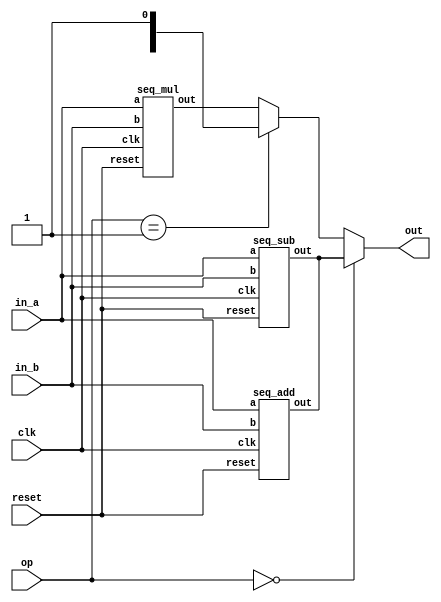
`define BFLOAT16 
`define VCS
`define EXPONENT 8
`define MANTISSA 7
`define EXPONENT 5
`define MANTISSA 10
`define SIGN 1
`define DWIDTH (`SIGN+`EXPONENT+`MANTISSA)
`define AWIDTH 10
`define MEM_SIZE 1024
`define DESIGN_SIZE 12
`define CU_SIZE 4
`define MASK_WIDTH 4
`define MEM_ACCESS_LATENCY 1
`define REG_DATAWIDTH 32
`define REG_ADDRWIDTH 8
`define ITERATIONS_WIDTH 32
`define REG_STDN_ADDR 32'h4
`define REG_MATRIX_A_ADDR 32'he
`define REG_MATRIX_B_ADDR 32'h12
`define REG_MATRIX_C_ADDR 32'h16
`define REG_VALID_MASK_A_ADDR 32'h20
`define REG_VALID_MASK_B_ADDR 32'h5c
`define REG_ITERATIONS_ADDR 32'h40
`define PE_PIPELINE_DEPTH 5
`define IDLE     2'b00
`define W_ENABLE  2'b01
`define R_ENABLE  2'b10

module processing_element(
 reset, 
 clk, 
 in_a,
 in_b, 
 op,
 out
 );

 input reset;
 input clk;
 input  [`DWIDTH-1:0] in_a;
 input  [`DWIDTH-1:0] in_b;
 input  [1:0] op;
 output [`DWIDTH-1:0] out;

 wire [`DWIDTH-1:0] out_mul;
 wire [`DWIDTH-1:0] out_sum;
 wire [`DWIDTH-1:0] out_sub;

 assign out = (op == 2'b00) ? out_sum : 
              (op == 2'b01) ? out_sub :
              out_mul;

 seq_mul u_mul(.a(in_a), .b(in_b), .out(out_mul), .reset(reset), .clk(clk));
 seq_add u_add(.a(in_a), .b(in_b), .out(out_sum), .reset(reset), .clk(clk));
 seq_sub u_sub(.a(in_a), .b(in_b), .out(out_sum), .reset(reset), .clk(clk));

endmodule
module seq_sub(a, b, out, reset, clk);
input [`DWIDTH-1:0] a;
input [`DWIDTH-1:0] b;
input reset;
input clk;
output [`DWIDTH-1:0] out;

reg [`DWIDTH-1:0] a_flopped;
reg [`DWIDTH-1:0] b_flopped;

wire [`DWIDTH-1:0] sub_out_temp;
reg [`DWIDTH-1:0] sub_out_temp_reg;

always @(posedge clk) begin
  if (reset) begin
    a_flopped <= 0;
    b_flopped <= 0;
  end else begin
    a_flopped <= a;
    b_flopped <= b;
  end
end

//assign sub_out_temp = a - b;
//Floating point adder has both modes - add and sub.
//We don't provide the name of the mode here though.

`ifdef complex_dsp
adder_fp_clk sub_u1(.clk(clk), .a(a_flopped), .b(b_flopped), .out(sub_out_temp));
`else
FPAddSub u_FPAddSub2(.clk(clk), .rst(1'b0), .a(a_flopped), .b(b_flopped), .operation(1'b0), .result(sub_out_temp), .flags());
`endif

always @(posedge clk) begin
  if (reset) begin
    sub_out_temp_reg <= 0;
  end else begin
    sub_out_temp_reg <= sub_out_temp;
  end
end

assign out = sub_out_temp_reg;

endmodule
module FPAddSub(
		//bf16,
		clk,
		rst,
		a,
		b,
		operation,			// 0 add, 1 sub
		result,
		flags
	);
	//input bf16; //1 for Bfloat16, 0 for IEEE half precision

	// Clock and reset
	input clk ;										// Clock signal
	input rst ;										// Reset (active high, resets pipeline registers)
	
	// Input ports
	input [`DWIDTH-1:0] a ;								// Input A, a 32-bit floating point number
	input [`DWIDTH-1:0] b ;								// Input B, a 32-bit floating point number
	input operation ;								// Operation select signal
	
	// Output ports
	output [`DWIDTH-1:0] result ;						// Result of the operation
	output [4:0] flags ;							// Flags indicating exceptions according to IEEE754
	
	// Pipeline Registers
	//reg [79:0] pipe_1;							// Pipeline register PreAlign->Align1
	reg [2*`EXPONENT + 2*`DWIDTH + 5:0] pipe_1;							// Pipeline register PreAlign->Align1

	//reg [67:0] pipe_2;							// Pipeline register Align1->Align3
	//reg [2*`EXPONENT+ 2*`MANTISSA + 8:0] pipe_2;							// Pipeline register Align1->Align3
	wire [2*`EXPONENT+ 2*`MANTISSA + 8:0] pipe_2;

	//reg [76:0] pipe_3;	68						// Pipeline register Align1->Align3
	reg [2*`EXPONENT+ 2*`MANTISSA + 9:0] pipe_3;							// Pipeline register Align1->Align3

	//reg [69:0] pipe_4;							// Pipeline register Align3->Execute
	//reg [2*`EXPONENT+ 2*`MANTISSA + 9:0] pipe_4;							// Pipeline register Align3->Execute
	wire [2*`EXPONENT+ 2*`MANTISSA + 9:0] pipe_4;
	
	//reg [51:0] pipe_5;							// Pipeline register Execute->Normalize
	reg [`DWIDTH+`EXPONENT+11:0] pipe_5;							// Pipeline register Execute->Normalize

	//reg [56:0] pipe_6;							// Pipeline register Nomalize->NormalizeShift1
	//reg [`DWIDTH+`EXPONENT+16:0] pipe_6;							// Pipeline register Nomalize->NormalizeShift1
	wire [`DWIDTH+`EXPONENT+16:0] pipe_6;

	//reg [56:0] pipe_7;							// Pipeline register NormalizeShift2->NormalizeShift3
	//reg [`DWIDTH+`EXPONENT+16:0] pipe_7;							// Pipeline register NormalizeShift2->NormalizeShift3
	wire [`DWIDTH+`EXPONENT+16:0] pipe_7;
	//reg [54:0] pipe_8;							// Pipeline register NormalizeShift3->Round
	reg [`EXPONENT*2+`MANTISSA+15:0] pipe_8;							// Pipeline register NormalizeShift3->Round

	//reg [40:0] pipe_9;							// Pipeline register NormalizeShift3->Round
	//reg [`DWIDTH+8:0] pipe_9;							// Pipeline register NormalizeShift3->Round
	wire [`DWIDTH+8:0] pipe_9;

	// Internal wires between modules
	wire [`DWIDTH-2:0] Aout_0 ;							// A - sign
	wire [`DWIDTH-2:0] Bout_0 ;							// B - sign
	wire Opout_0 ;									// A's sign
	wire Sa_0 ;										// A's sign
	wire Sb_0 ;										// B's sign
	wire MaxAB_1 ;									// Indicates the larger of A and B(0/A, 1/B)
	wire [`EXPONENT-1:0] CExp_1 ;							// Common Exponent
	wire [`EXPONENT-1:0] Shift_1 ;							// Number of steps to smaller mantissa shift right (align)
	wire [`MANTISSA-1:0] Mmax_1 ;							// Larger mantissa
	wire [4:0] InputExc_0 ;						// Input numbers are exceptions
	wire [2*`EXPONENT-1:0] ShiftDet_0 ;
	wire [`MANTISSA-1:0] MminS_1 ;						// Smaller mantissa after 0/16 shift
	wire [`MANTISSA:0] MminS_2 ;						// Smaller mantissa after 0/4/8/12 shift
	wire [`MANTISSA:0] Mmin_3 ;							// Smaller mantissa after 0/1/2/3 shift
	wire [`DWIDTH:0] Sum_4 ;
	wire PSgn_4 ;
	wire Opr_4 ;
	wire [`EXPONENT-1:0] Shift_5 ;							// Number of steps to shift sum left (normalize)
	wire [`DWIDTH:0] SumS_5 ;							// Sum after 0/16 shift
	wire [`DWIDTH:0] SumS_6 ;							// Sum after 0/16 shift
	wire [`DWIDTH:0] SumS_7 ;							// Sum after 0/16 shift
	wire [`MANTISSA-1:0] NormM_8 ;						// Normalized mantissa
	wire [`EXPONENT:0] NormE_8;							// Adjusted exponent
	wire ZeroSum_8 ;								// Zero flag
	wire NegE_8 ;									// Flag indicating negative exponent
	wire R_8 ;										// Round bit
	wire S_8 ;										// Final sticky bit
	wire FG_8 ;										// Final sticky bit
	wire [`DWIDTH-1:0] P_int ;
	wire EOF ;
	
	// Prepare the operands for alignment and check for exceptions
	FPAddSub_PrealignModule PrealignModule
	(	// Inputs
		a, b, operation,
		// Outputs
		Sa_0, Sb_0, ShiftDet_0[2*`EXPONENT-1:0], InputExc_0[4:0], Aout_0[`DWIDTH-2:0], Bout_0[`DWIDTH-2:0], Opout_0) ;
		
	// Prepare the operands for alignment and check for exceptions
	FPAddSub_AlignModule AlignModule
	(	// Inputs
		pipe_1[2*`EXPONENT + 2*`DWIDTH + 4: 2*`EXPONENT +`DWIDTH + 6], pipe_1[2*`EXPONENT +`DWIDTH + 5 :  2*`EXPONENT +7], pipe_1[2*`EXPONENT+4:5],
		// Outputs
		CExp_1[`EXPONENT-1:0], MaxAB_1, Shift_1[`EXPONENT-1:0], MminS_1[`MANTISSA-1:0], Mmax_1[`MANTISSA-1:0]) ;	

	// Alignment Shift Stage 1
	FPAddSub_AlignShift1 AlignShift1
	(  // Inputs
		//bf16, 
		pipe_2[`MANTISSA-1:0], pipe_2[`EXPONENT+ 2*`MANTISSA + 4 : 2*`MANTISSA + 7],
		// Outputs
		MminS_2[`MANTISSA:0]) ;

	// Alignment Shift Stage 3 and compution of guard and sticky bits
	FPAddSub_AlignShift2 AlignShift2  
	(  // Inputs
		pipe_3[`MANTISSA:0], pipe_3[2*`MANTISSA+7:2*`MANTISSA+6],
		// Outputs
		Mmin_3[`MANTISSA:0]) ;
						
	// Perform mantissa addition
	FPAddSub_ExecutionModule ExecutionModule
	(  // Inputs
		pipe_4[`MANTISSA*2+5:`MANTISSA+6], pipe_4[`MANTISSA:0], pipe_4[2*`EXPONENT+ 2*`MANTISSA + 8], pipe_4[2*`EXPONENT+ 2*`MANTISSA + 7], pipe_4[2*`EXPONENT+ 2*`MANTISSA + 6], pipe_4[2*`EXPONENT+ 2*`MANTISSA + 9],
		// Outputs
		Sum_4[`DWIDTH:0], PSgn_4, Opr_4) ;
	
	// Prepare normalization of result
	FPAddSub_NormalizeModule NormalizeModule
	(  // Inputs
		pipe_5[`DWIDTH:0], 
		// Outputs
		SumS_5[`DWIDTH:0], Shift_5[4:0]) ;
					
	// Normalization Shift Stage 1
	FPAddSub_NormalizeShift1 NormalizeShift1
	(  // Inputs
		pipe_6[`DWIDTH:0], pipe_6[`DWIDTH+`EXPONENT+14:`DWIDTH+`EXPONENT+11],
		// Outputs
		SumS_7[`DWIDTH:0]) ;
		
	// Normalization Shift Stage 3 and final guard, sticky and round bits
	FPAddSub_NormalizeShift2 NormalizeShift2
	(  // Inputs
		pipe_7[`DWIDTH:0], pipe_7[`DWIDTH+`EXPONENT+5:`DWIDTH+6], pipe_7[`DWIDTH+`EXPONENT+15:`DWIDTH+`EXPONENT+11],
		// Outputs
		NormM_8[`MANTISSA-1:0], NormE_8[`EXPONENT:0], ZeroSum_8, NegE_8, R_8, S_8, FG_8) ;

	// Round and put result together
	FPAddSub_RoundModule RoundModule
	(  // Inputs
		 pipe_8[3], pipe_8[4+`EXPONENT:4], pipe_8[`EXPONENT+`MANTISSA+4:5+`EXPONENT], pipe_8[1], pipe_8[0], pipe_8[`EXPONENT*2+`MANTISSA+15], pipe_8[`EXPONENT*2+`MANTISSA+12], pipe_8[`EXPONENT*2+`MANTISSA+11], pipe_8[`EXPONENT*2+`MANTISSA+14], pipe_8[`EXPONENT*2+`MANTISSA+10], 
		// Outputs
		P_int[`DWIDTH-1:0], EOF) ;
	
	// Check for exceptions
	FPAddSub_ExceptionModule Exceptionmodule
	(  // Inputs
		pipe_9[8+`DWIDTH:9], pipe_9[8], pipe_9[7], pipe_9[6], pipe_9[5:1], pipe_9[0], 
		// Outputs
		result[`DWIDTH-1:0], flags[4:0]) ;			
	

assign pipe_2 = {pipe_1[2*`EXPONENT + 2*`DWIDTH + 5], pipe_1[2*`EXPONENT +6:2*`EXPONENT +5], MaxAB_1, CExp_1[`EXPONENT-1:0], Shift_1[`EXPONENT-1:0], Mmax_1[`MANTISSA-1:0], pipe_1[4:0], MminS_1[`MANTISSA-1:0]} ;
assign pipe_4 = {pipe_3[2*`EXPONENT+ 2*`MANTISSA + 9:`MANTISSA+1], Mmin_3[`MANTISSA:0]} ;
assign pipe_6 = {pipe_5[`DWIDTH+`EXPONENT+11], Shift_5[4:0], pipe_5[`DWIDTH+`EXPONENT+10:`DWIDTH+1], SumS_5[`DWIDTH:0]} ;
assign pipe_7 = {pipe_6[`DWIDTH+`EXPONENT+16:`DWIDTH+1], SumS_7[`DWIDTH:0]} ;
assign pipe_9 = {P_int[`DWIDTH-1:0], pipe_8[2], pipe_8[1], pipe_8[0], pipe_8[`EXPONENT+`MANTISSA+9:`EXPONENT+`MANTISSA+5], EOF} ;

	always @ (posedge clk) begin	
		if(rst) begin
			pipe_1 <= 0;
			//pipe_2 <= 0;
			pipe_3 <= 0;
			//pipe_4 <= 0;
			pipe_5 <= 0;
			//pipe_6 <= 0;
			//pipe_7 <= 0;
			pipe_8 <= 0;
			//pipe_9 <= 0;
		end 
		else begin
/* PIPE_1:
	[2*`EXPONENT + 2*`DWIDTH + 5]  Opout_0
	[2*`EXPONENT + 2*`DWIDTH + 4: 2*`EXPONENT +`DWIDTH + 6] A_out0
	[2*`EXPONENT +`DWIDTH + 5 :  2*`EXPONENT +7] Bout_0
	[2*`EXPONENT +6] Sa_0
	[2*`EXPONENT +5] Sb_0
	[2*`EXPONENT +4 : 5] ShiftDet_0
	[4:0] Input Exc
*/
			pipe_1 <= {Opout_0, Aout_0[`DWIDTH-2:0], Bout_0[`DWIDTH-2:0], Sa_0, Sb_0, ShiftDet_0[2*`EXPONENT -1:0], InputExc_0[4:0]} ;	
/* PIPE_2
[2*`EXPONENT+ 2*`MANTISSA + 8] operation
[2*`EXPONENT+ 2*`MANTISSA + 7] Sa_0
[2*`EXPONENT+ 2*`MANTISSA + 6] Sb_0
[2*`EXPONENT+ 2*`MANTISSA + 5] MaxAB_0
[2*`EXPONENT+ 2*`MANTISSA + 4:`EXPONENT+ 2*`MANTISSA + 5] CExp_0
[`EXPONENT+ 2*`MANTISSA + 4 : 2*`MANTISSA + 5] Shift_0
[2*`MANTISSA + 4:`MANTISSA + 5] Mmax_0
[`MANTISSA + 4 : `MANTISSA] InputExc_0
[`MANTISSA-1:0] MminS_1
*/
			//pipe_2 <= {pipe_1[2*`EXPONENT + 2*`DWIDTH + 5], pipe_1[2*`EXPONENT +6:2*`EXPONENT +5], MaxAB_1, CExp_1[`EXPONENT-1:0], Shift_1[`EXPONENT-1:0], Mmax_1[`MANTISSA-1:0], pipe_1[4:0], MminS_1[`MANTISSA-1:0]} ;	
/* PIPE_3
[2*`EXPONENT+ 2*`MANTISSA + 9] operation
[2*`EXPONENT+ 2*`MANTISSA + 8] Sa_0
[2*`EXPONENT+ 2*`MANTISSA + 7] Sb_0
[2*`EXPONENT+ 2*`MANTISSA + 6] MaxAB_0
[2*`EXPONENT+ 2*`MANTISSA + 5:`EXPONENT+ 2*`MANTISSA + 6] CExp_0
[`EXPONENT+ 2*`MANTISSA + 5 : 2*`MANTISSA + 6] Shift_0
[2*`MANTISSA + 5:`MANTISSA + 6] Mmax_0
[`MANTISSA + 5 : `MANTISSA + 1] InputExc_0
[`MANTISSA:0] MminS_2
*/
			pipe_3 <= {pipe_2[2*`EXPONENT+ 2*`MANTISSA + 8:`MANTISSA], MminS_2[`MANTISSA:0]} ;	
/* PIPE_4
[2*`EXPONENT+ 2*`MANTISSA + 9] operation
[2*`EXPONENT+ 2*`MANTISSA + 8] Sa_0
[2*`EXPONENT+ 2*`MANTISSA + 7] Sb_0
[2*`EXPONENT+ 2*`MANTISSA + 6] MaxAB_0
[2*`EXPONENT+ 2*`MANTISSA + 5:`EXPONENT+ 2*`MANTISSA + 6] CExp_0
[`EXPONENT+ 2*`MANTISSA + 5 : 2*`MANTISSA + 6] Shift_0
[2*`MANTISSA + 5:`MANTISSA + 6] Mmax_0
[`MANTISSA + 5 : `MANTISSA + 1] InputExc_0
[`MANTISSA:0] MminS_3
*/				
			//pipe_4 <= {pipe_3[2*`EXPONENT+ 2*`MANTISSA + 9:`MANTISSA+1], Mmin_3[`MANTISSA:0]} ;	
/* PIPE_5 :
[`DWIDTH+ `EXPONENT + 11] operation
[`DWIDTH+ `EXPONENT + 10] PSgn_4
[`DWIDTH+ `EXPONENT + 9] Opr_4
[`DWIDTH+ `EXPONENT + 8] Sa_0
[`DWIDTH+ `EXPONENT + 7] Sb_0
[`DWIDTH+ `EXPONENT + 6] MaxAB_0
[`DWIDTH+ `EXPONENT + 5 :`DWIDTH+6] CExp_0
[`DWIDTH+5:`DWIDTH+1] InputExc_0
[`DWIDTH:0] Sum_4
*/					
			pipe_5 <= {pipe_4[2*`EXPONENT+ 2*`MANTISSA + 9], PSgn_4, Opr_4, pipe_4[2*`EXPONENT+ 2*`MANTISSA + 8:`EXPONENT+ 2*`MANTISSA + 6], pipe_4[`MANTISSA+5:`MANTISSA+1], Sum_4[`DWIDTH:0]} ;
/* PIPE_6 :
[`DWIDTH+ `EXPONENT + 16] operation
[`DWIDTH+ `EXPONENT + 15:`DWIDTH+ `EXPONENT + 11] Shift_5
[`DWIDTH+ `EXPONENT + 10] PSgn_4
[`DWIDTH+ `EXPONENT + 9] Opr_4
[`DWIDTH+ `EXPONENT + 8] Sa_0
[`DWIDTH+ `EXPONENT + 7] Sb_0
[`DWIDTH+ `EXPONENT + 6] MaxAB_0
[`DWIDTH+ `EXPONENT + 5 :`DWIDTH+6] CExp_0
[`DWIDTH+5:`DWIDTH+1] InputExc_0
[`DWIDTH:0] Sum_4
*/				
			//pipe_6 <= {pipe_5[`DWIDTH+`EXPONENT+11], Shift_5[4:0], pipe_5[`DWIDTH+`EXPONENT+10:`DWIDTH+1], SumS_5[`DWIDTH:0]} ;	
/* PIPE_7 :
[`DWIDTH+ `EXPONENT + 16] operation
[`DWIDTH+ `EXPONENT + 15:`DWIDTH+ `EXPONENT + 11] Shift_5
[`DWIDTH+ `EXPONENT + 10] PSgn_4
[`DWIDTH+ `EXPONENT + 9] Opr_4
[`DWIDTH+ `EXPONENT + 8] Sa_0
[`DWIDTH+ `EXPONENT + 7] Sb_0
[`DWIDTH+ `EXPONENT + 6] MaxAB_0
[`DWIDTH+ `EXPONENT + 5 :`DWIDTH+6] CExp_0
[`DWIDTH+5:`DWIDTH+1] InputExc_0
[`DWIDTH:0] Sum_4
*/						
			//pipe_7 <= {pipe_6[`DWIDTH+`EXPONENT+16:`DWIDTH+1], SumS_7[`DWIDTH:0]} ;	
/* PIPE_8:
[2*`EXPONENT + `MANTISSA + 15] FG_8 
[2*`EXPONENT + `MANTISSA + 14] operation
[2*`EXPONENT + `MANTISSA + 13] PSgn_4
[2*`EXPONENT + `MANTISSA + 12] Sa_0
[2*`EXPONENT + `MANTISSA + 11] Sb_0
[2*`EXPONENT + `MANTISSA + 10] MaxAB_0
[2*`EXPONENT + `MANTISSA + 9:`EXPONENT + `MANTISSA + 10] CExp_0
[`EXPONENT + `MANTISSA + 9:`EXPONENT + `MANTISSA + 5] InputExc_8
[`EXPONENT + `MANTISSA + 4 :`EXPONENT + 5] NormM_8 
[`EXPONENT + 4 :4] NormE_8
[3] ZeroSum_8
[2] NegE_8
[1] R_8
[0] S_8
*/				
			pipe_8 <= {FG_8, pipe_7[`DWIDTH+`EXPONENT+16], pipe_7[`DWIDTH+`EXPONENT+10], pipe_7[`DWIDTH+`EXPONENT+8:`DWIDTH+1], NormM_8[`MANTISSA-1:0], NormE_8[`EXPONENT:0], ZeroSum_8, NegE_8, R_8, S_8} ;	
/* pipe_9:
[`DWIDTH + 8 :9] P_int
[8] NegE_8
[7] R_8
[6] S_8
[5:1] InputExc_8
[0] EOF
*/				
			//pipe_9 <= {P_int[`DWIDTH-1:0], pipe_8[2], pipe_8[1], pipe_8[0], pipe_8[`EXPONENT+`MANTISSA+9:`EXPONENT+`MANTISSA+5], EOF} ;	
		end
	end		
	
endmodule
module FPAddSub_ExceptionModule(
		Z,
		NegE,
		R,
		S,
		InputExc,
		EOF,
		P,
		Flags
    );
	 
	// Input ports
	input [`DWIDTH-1:0] Z	;					// Final product
	input NegE ;						// Negative exponent?
	input R ;							// Round bit
	input S ;							// Sticky bit
	input [4:0] InputExc ;			// Exceptions in inputs A and B
	input EOF ;
	
	// Output ports
	output [`DWIDTH-1:0] P ;					// Final result
	output [4:0] Flags ;				// Exception flags
	
	// Internal signals
	wire Overflow ;					// Overflow flag
	wire Underflow ;					// Underflow flag
	wire DivideByZero ;				// Divide-by-Zero flag (always 0 in Add/Sub)
	wire Invalid ;						// Invalid inputs or result
	wire Inexact ;						// Result is inexact because of rounding
	
	// Exception flags
	
	// Result is too big to be represented
	assign Overflow = EOF | InputExc[1] | InputExc[0] ;
	
	// Result is too small to be represented
	assign Underflow = NegE & (R | S);
	
	// Infinite result computed exactly from finite operands
	assign DivideByZero = &(Z[`MANTISSA+`EXPONENT-1:`MANTISSA]) & ~|(Z[`MANTISSA+`EXPONENT-1:`MANTISSA]) & ~InputExc[1] & ~InputExc[0];
	
	// Invalid inputs or operation
	assign Invalid = |(InputExc[4:2]) ;
	
	// Inexact answer due to rounding, overflow or underflow
	assign Inexact = (R | S) | Overflow | Underflow;
	
	// Put pieces together to form final result
	assign P = Z ;
	
	// Collect exception flags	
	assign Flags = {Overflow, Underflow, DivideByZero, Invalid, Inexact} ; 	
	
endmodule
module FPAddSub_RoundModule(
		ZeroSum,
		NormE,
		NormM,
		R,
		S,
		G,
		Sa,
		Sb,
		Ctrl,
		MaxAB,
		Z,
		EOF
    );

	// Input ports
	input ZeroSum ;					// Sum is zero
	input [`EXPONENT:0] NormE ;				// Normalized exponent
	input [`MANTISSA-1:0] NormM ;				// Normalized mantissa
	input R ;							// Round bit
	input S ;							// Sticky bit
	input G ;
	input Sa ;							// A's sign bit
	input Sb ;							// B's sign bit
	input Ctrl ;						// Control bit (operation)
	input MaxAB ;
	
	// Output ports
	output [`DWIDTH-1:0] Z ;					// Final result
	output EOF ;
	
	// Internal signals
	wire [`MANTISSA:0] RoundUpM ;			// Rounded up sum with room for overflow
	wire [`MANTISSA-1:0] RoundM ;				// The final rounded sum
	wire [`EXPONENT:0] RoundE ;				// Rounded exponent (note extra bit due to poential overflow	)
	wire RoundUp ;						// Flag indicating that the sum should be rounded up
        wire FSgn;
	wire ExpAdd ;						// May have to add 1 to compensate for overflow 
	wire RoundOF ;						// Rounding overflow
	
	wire [`EXPONENT:0]temp_2;
	assign temp_2 = 0;
	// The cases where we need to round upwards (= adding one) in Round to nearest, tie to even
	assign RoundUp = (G & ((R | S) | NormM[0])) ;
	
	// Note that in the other cases (rounding down), the sum is already 'rounded'
	assign RoundUpM = (NormM + 1) ;								// The sum, rounded up by 1
	assign RoundM = (RoundUp ? RoundUpM[`MANTISSA-1:0] : NormM) ; 	// Compute final mantissa	
	assign RoundOF = RoundUp & RoundUpM[`MANTISSA] ; 				// Check for overflow when rounding up

	// Calculate post-rounding exponent
	assign ExpAdd = (RoundOF ? 1'b1 : 1'b0) ; 				// Add 1 to exponent to compensate for overflow
	assign RoundE = ZeroSum ? temp_2 : (NormE + ExpAdd) ; 							// Final exponent

	// If zero, need to determine sign according to rounding
	assign FSgn = (ZeroSum & (Sa ^ Sb)) | (ZeroSum ? (Sa & Sb & ~Ctrl) : ((~MaxAB & Sa) | ((Ctrl ^ Sb) & (MaxAB | Sa)))) ;

	// Assign final result
	assign Z = {FSgn, RoundE[`EXPONENT-1:0], RoundM[`MANTISSA-1:0]} ;
	
	// Indicate exponent overflow
	assign EOF = RoundE[`EXPONENT];
	
endmodule
module FPAddSub_NormalizeShift2(
		PSSum,
		CExp,
		Shift,
		NormM,
		NormE,
		ZeroSum,
		NegE,
		R,
		S,
		FG
	);
	
	// Input ports
	input [`DWIDTH:0] PSSum ;					// The Pre-Shift-Sum
	input [`EXPONENT-1:0] CExp ;
	input [4:0] Shift ;					// Amount to be shifted

	// Output ports
	output [`MANTISSA-1:0] NormM ;				// Normalized mantissa
	output [`EXPONENT:0] NormE ;					// Adjusted exponent
	output ZeroSum ;						// Zero flag
	output NegE ;							// Flag indicating negative exponent
	output R ;								// Round bit
	output S ;								// Final sticky bit
	output FG ;

	// Internal signals
	wire MSBShift ;						// Flag indicating that a second shift is needed
	wire [`EXPONENT:0] ExpOF ;					// MSB set in sum indicates overflow
	wire [`EXPONENT:0] ExpOK ;					// MSB not set, no adjustment
	
	// Calculate normalized exponent and mantissa, check for all-zero sum
	assign MSBShift = PSSum[`DWIDTH] ;		// Check MSB in unnormalized sum
	assign ZeroSum = ~|PSSum ;			// Check for all zero sum
	assign ExpOK = CExp - Shift ;		// Adjust exponent for new normalized mantissa
	assign NegE = ExpOK[`EXPONENT] ;			// Check for exponent overflow
	assign ExpOF = CExp - Shift + 1'b1 ;		// If MSB set, add one to exponent(x2)
	assign NormE = MSBShift ? ExpOF : ExpOK ;			// Check for exponent overflow
	assign NormM = PSSum[`DWIDTH-1:`EXPONENT+1] ;		// The new, normalized mantissa
	
	// Also need to compute sticky and round bits for the rounding stage
	assign FG = PSSum[`EXPONENT] ; 
	assign R = PSSum[`EXPONENT-1] ;
	assign S = |PSSum[`EXPONENT-2:0] ;
	
endmodule
module FPAddSub_NormalizeShift1(
		MminP,
		Shift,
		Mmin
	);
	
	// Input ports
	input [`DWIDTH:0] MminP ;						// Smaller mantissa after 16|12|8|4 shift
	input [3:0] Shift ;						// Shift amount
	
	// Output ports
	output [`DWIDTH:0] Mmin ;						// The smaller mantissa
	
	reg	  [`DWIDTH:0]		Lvl2;
	wire    [2*`DWIDTH+1:0]    Stage1;	
	reg	  [`DWIDTH:0]		Lvl3;
	wire    [2*`DWIDTH+1:0]    Stage2;	
	integer           i;               	// Loop variable
	
	assign Stage1 = {MminP, MminP};

	always @(*) begin    					// Rotate {0 | 4 | 8 | 12} bits
	  case (Shift[3:2])
			// Rotate by 0
			2'b00: Lvl2 <= Stage1[`DWIDTH:0];       		
			// Rotate by 4
			2'b01: begin for (i=33; i>=17; i=i-1) begin Lvl2[i-33] <= Stage1[i-4]; end Lvl2[3:0] <= 0; end
			// Rotate by 8
			2'b10: begin for (i=33; i>=17; i=i-1) begin Lvl2[i-33] <= Stage1[i-8]; end Lvl2[7:0] <= 0; end
			// Rotate by 12
			2'b11: begin for (i=33; i>=17; i=i-1) begin Lvl2[i-33] <= Stage1[i-12]; end Lvl2[11:0] <= 0; end
	  endcase
	end
	
	assign Stage2 = {Lvl2, Lvl2};

	always @(*) begin   				 		// Rotate {0 | 1 | 2 | 3} bits
	  case (Shift[1:0])
			// Rotate by 0
			2'b00:  Lvl3 <= Stage2[`DWIDTH:0];
			// Rotate by 1
			2'b01: begin for (i=33; i>=17; i=i-1) begin Lvl3[i-`DWIDTH-1] <= Stage2[i-1]; end Lvl3[0] <= 0; end 
			// Rotate by 2
			2'b10: begin for (i=33; i>=17; i=i-1) begin Lvl3[i-`DWIDTH-1] <= Stage2[i-2]; end Lvl3[1:0] <= 0; end
			// Rotate by 3
			2'b11: begin for (i=33; i>=17; i=i-1) begin Lvl3[i-`DWIDTH-1] <= Stage2[i-3]; end Lvl3[2:0] <= 0; end
	  endcase
	end
	
	// Assign outputs
	assign Mmin = Lvl3;						// Take out smaller mantissa			
	
endmodule
module FPAddSub_NormalizeModule(
		Sum,
		Mmin,
		Shift
    );

	// Input ports
	input [`DWIDTH:0] Sum ;					// Mantissa sum including hidden 1 and GRS
	
	// Output ports
	output [`DWIDTH:0] Mmin ;					// Mantissa after 16|0 shift
	output [4:0] Shift ;					// Shift amount
	//Changes in this doesn't matter since even Bfloat16 can't go beyond 7 shift to the mantissa (only 3 bits valid here)  
	// Determine normalization shift amount by finding leading nought
	assign Shift =  ( 
		Sum[16] ? 5'b00000 :	 
		Sum[15] ? 5'b00001 : 
		Sum[14] ? 5'b00010 : 
		Sum[13] ? 5'b00011 : 
		Sum[12] ? 5'b00100 : 
		Sum[11] ? 5'b00101 : 
		Sum[10] ? 5'b00110 : 
		Sum[9] ? 5'b00111 :
		Sum[8] ? 5'b01000 :
		Sum[7] ? 5'b01001 :
		Sum[6] ? 5'b01010 :
		Sum[5] ? 5'b01011 :
		Sum[4] ? 5'b01100 : 5'b01101
	//	Sum[19] ? 5'b01101 :
	//	Sum[18] ? 5'b01110 :
	//	Sum[17] ? 5'b01111 :
	//	Sum[16] ? 5'b10000 :
	//	Sum[15] ? 5'b10001 :
	//	Sum[14] ? 5'b10010 :
	//	Sum[13] ? 5'b10011 :
	//	Sum[12] ? 5'b10100 :
	//	Sum[11] ? 5'b10101 :
	//	Sum[10] ? 5'b10110 :
	//	Sum[9] ? 5'b10111 :
	//	Sum[8] ? 5'b11000 :
	//	Sum[7] ? 5'b11001 : 5'b11010
	);
	
	reg	  [`DWIDTH:0]		Lvl1;
	
	always @(*) begin
		// Rotate by 16?
		Lvl1 <= Shift[4] ? {Sum[8:0], 8'b00000000} : Sum; 
	end
	
	// Assign outputs
	assign Mmin = Lvl1;						// Take out smaller mantissa

endmodule
module FPAddSub_ExecutionModule(
		Mmax,
		Mmin,
		Sa,
		Sb,
		MaxAB,
		OpMode,
		Sum,
		PSgn,
		Opr
    );

	// Input ports
	input [`MANTISSA-1:0] Mmax ;					// The larger mantissa
	input [`MANTISSA:0] Mmin ;					// The smaller mantissa
	input Sa ;								// Sign bit of larger number
	input Sb ;								// Sign bit of smaller number
	input MaxAB ;							// Indicates the larger number (0/A, 1/B)
	input OpMode ;							// Operation to be performed (0/Add, 1/Sub)
	
	// Output ports
	output [`DWIDTH:0] Sum ;					// The result of the operation
	output PSgn ;							// The sign for the result
	output Opr ;							// The effective (performed) operation

	wire [`EXPONENT-1:0]temp_1;

	assign Opr = (OpMode^Sa^Sb); 		// Resolve sign to determine operation
	assign temp_1 = 0;
	// Perform effective operation
//SAMIDH_UNSURE 5--> 8

	assign Sum = (OpMode^Sa^Sb) ? ({1'b1, Mmax, temp_1} - {Mmin, temp_1}) : ({1'b1, Mmax, temp_1} + {Mmin, temp_1}) ;
	
	// Assign result sign
	assign PSgn = (MaxAB ? Sb : Sa) ;

endmodule
module FPAddSub_AlignShift2(
		MminP,
		Shift,
		Mmin
	);
	
	// Input ports
	input [`MANTISSA:0] MminP ;						// Smaller mantissa after 16|12|8|4 shift
	input [1:0] Shift ;						// Shift amount. Last 2 bits
	
	// Output ports
	output [`MANTISSA:0] Mmin ;						// The smaller mantissa
	
	// Internal Signal
	reg	  [`MANTISSA:0]		Lvl3;
	wire    [2*`MANTISSA+1:0]    Stage2;	
	integer           j;               // Loop variable
	
	assign Stage2 = {11'b0, MminP};

	always @(*) begin    // Rotate {0 | 1 | 2 | 3} bits
	  case (Shift[1:0])
			// Rotate by 0
			2'b00:  Lvl3 <= Stage2[`MANTISSA:0];   
			// Rotate by 1
			2'b01:  begin for (j=0; j<=`MANTISSA; j=j+1)  begin Lvl3[j] <= Stage2[j+1]; end Lvl3[`MANTISSA] <= 0; end 
			// Rotate by 2
			2'b10:  begin for (j=0; j<=`MANTISSA; j=j+1)  begin Lvl3[j] <= Stage2[j+2]; end Lvl3[`MANTISSA:`MANTISSA-1] <= 0; end 
			// Rotate by 3
			2'b11:  begin for (j=0; j<=`MANTISSA; j=j+1)  begin Lvl3[j] <= Stage2[j+3]; end Lvl3[`MANTISSA:`MANTISSA-2] <= 0; end 	  
	  endcase
	end
	
	// Assign output
	assign Mmin = Lvl3;						// Take out smaller mantissa				

endmodule
module FPAddSub_AlignShift1(
		//bf16,
		MminP,
		Shift,
		Mmin
	);
	
	// Input ports
	//input bf16;
	input [`MANTISSA-1:0] MminP ;						// Smaller mantissa after 16|12|8|4 shift
	input [`EXPONENT-3:0] Shift ;						// Shift amount. Last 2 bits of shifting are done in next stage. Hence, we have [`EXPONENT - 2] bits
	
	// Output ports
	output [`MANTISSA:0] Mmin ;						// The smaller mantissa
	

	wire bf16;
	assign bf16 = 1'b1; //hardcoding to 1, to avoid ODIN issue. a `ifdef here wasn't working. apparently, nested `ifdefs don't work

	// Internal signals
	reg	  [`MANTISSA:0]		Lvl1;
	reg	  [`MANTISSA:0]		Lvl2;
	wire    [2*`MANTISSA+1:0]    Stage1;	
	integer           i;                // Loop variable

	wire [`MANTISSA:0] temp_0; 

assign temp_0 = 0;

	always @(*) begin
		if (bf16 == 1'b1) begin						
//hardcoding for bfloat16
	//For bfloat16, we can shift the mantissa by a max of 7 bits since mantissa has a width of 7. 
	//Hence if either, bit[3]/bit[4]/bit[5]/bit[6]/bit[7] is 1, we can make it 0. This corresponds to bits [5:1] in our updated shift which doesn't contain last 2 bits.
		//Lvl1 <= (Shift[1]|Shift[2]|Shift[3]|Shift[4]|Shift[5]) ? {temp_0} : {1'b1, MminP};  // MANTISSA + 1 width	
		Lvl1 <= (|Shift[`EXPONENT-3:1]) ? {temp_0} : {1'b1, MminP};  // MANTISSA + 1 width	
		end
		else begin
		//for half precision fp16, 10 bits can be shifted. Hence, only shifts till 10 (01010)can be made. 
		Lvl1 <= Shift[2] ? {temp_0} : {1'b1, MminP};
		end
	end
	
	assign Stage1 = { temp_0, Lvl1}; //2*MANTISSA + 2 width

	always @(*) begin    					// Rotate {0 | 4 } bits
	if(bf16 == 1'b1) begin
	  case (Shift[0])
			// Rotate by 0	
			1'b0:  Lvl2 <= Stage1[`MANTISSA:0];       			
			// Rotate by 4	
			1'b1:  begin for (i=0; i<=`MANTISSA; i=i+1) begin Lvl2[i] <= Stage1[i+4]; end Lvl2[`MANTISSA:`MANTISSA-3] <= 0; end
	  endcase
	end
	else begin
	  case (Shift[1:0])					// Rotate {0 | 4 | 8} bits
			// Rotate by 0	
			2'b00:  Lvl2 <= Stage1[`MANTISSA:0];       			
			// Rotate by 4	
			2'b01:  begin for (i=0; i<=`MANTISSA; i=i+1) begin Lvl2[i] <= Stage1[i+4]; end Lvl2[`MANTISSA:`MANTISSA-3] <= 0; end
			// Rotate by 8
			2'b10:  begin for (i=0; i<=`MANTISSA; i=i+1) begin Lvl2[i] <= Stage1[i+8]; end Lvl2[`MANTISSA:`MANTISSA-7] <= 0; end
			// Rotate by 12	
			2'b11: Lvl2[`MANTISSA: 0] <= 0; 
			//2'b11:  begin for (i=0; i<=`MANTISSA; i=i+1) begin Lvl2[i] <= Stage1[i+12]; end Lvl2[`MANTISSA:`MANTISSA-12] <= 0; end
	  endcase
	end
	end

	// Assign output to next shift stage
	assign Mmin = Lvl2;
	
endmodule
module FPAddSub_AlignModule (
		A,
		B,
		ShiftDet,
		CExp,
		MaxAB,
		Shift,
		Mmin,
		Mmax
	);
	
	// Input ports
	input [`DWIDTH-2:0] A ;								// Input A, a 32-bit floating point number
	input [`DWIDTH-2:0] B ;								// Input B, a 32-bit floating point number
	input [2*`EXPONENT-1:0] ShiftDet ;
	
	// Output ports
	output [`EXPONENT-1:0] CExp ;							// Common Exponent
	output MaxAB ;									// Incidates larger of A and B (0/A, 1/B)
	output [`EXPONENT-1:0] Shift ;							// Number of steps to smaller mantissa shift right
	output [`MANTISSA-1:0] Mmin ;							// Smaller mantissa 
	output [`MANTISSA-1:0] Mmax ;							// Larger mantissa
	
	// Internal signals
	//wire BOF ;										// Check for shifting overflow if B is larger
	//wire AOF ;										// Check for shifting overflow if A is larger
	
	assign MaxAB = (A[`DWIDTH-2:0] < B[`DWIDTH-2:0]) ;	
	//assign BOF = ShiftDet[9:5] < 25 ;		// Cannot shift more than 25 bits
	//assign AOF = ShiftDet[4:0] < 25 ;		// Cannot shift more than 25 bits
	
	// Determine final shift value
	//assign Shift = MaxAB ? (BOF ? ShiftDet[9:5] : 5'b11001) : (AOF ? ShiftDet[4:0] : 5'b11001) ;
	
	assign Shift = MaxAB ? ShiftDet[2*`EXPONENT-1:`EXPONENT] : ShiftDet[`EXPONENT-1:0] ;
	
	// Take out smaller mantissa and append shift space
	assign Mmin = MaxAB ? A[`MANTISSA-1:0] : B[`MANTISSA-1:0] ; 
	
	// Take out larger mantissa	
	assign Mmax = MaxAB ? B[`MANTISSA-1:0]: A[`MANTISSA-1:0] ;	
	
	// Common exponent
	assign CExp = (MaxAB ? B[`MANTISSA+`EXPONENT-1:`MANTISSA] : A[`MANTISSA+`EXPONENT-1:`MANTISSA]) ;		
	
endmodule
module FPAddSub_PrealignModule(
		A,
		B,
		operation,
		Sa,
		Sb,
		ShiftDet,
		InputExc,
		Aout,
		Bout,
		Opout
	);
	
	// Input ports
	input [`DWIDTH-1:0] A ;										// Input A, a 32-bit floating point number
	input [`DWIDTH-1:0] B ;										// Input B, a 32-bit floating point number
	input operation ;
	
	// Output ports
	output Sa ;												// A's sign
	output Sb ;												// B's sign
	output [2*`EXPONENT-1:0] ShiftDet ;
	output [4:0] InputExc ;								// Input numbers are exceptions
	output [`DWIDTH-2:0] Aout ;
	output [`DWIDTH-2:0] Bout ;
	output Opout ;
	
	// Internal signals									// If signal is high...
	wire ANaN ;												// A is a NaN (Not-a-Number)
	wire BNaN ;												// B is a NaN
	wire AInf ;												// A is infinity
	wire BInf ;												// B is infinity
	wire [`EXPONENT-1:0] DAB ;										// ExpA - ExpB					
	wire [`EXPONENT-1:0] DBA ;										// ExpB - ExpA	
	
	assign ANaN = &(A[`DWIDTH-2:`DWIDTH-1-`EXPONENT]) & |(A[`MANTISSA-1:0]) ;		// All one exponent and not all zero mantissa - NaN
	assign BNaN = &(B[`DWIDTH-2:`DWIDTH-1-`EXPONENT]) & |(B[`MANTISSA-1:0]);		// All one exponent and not all zero mantissa - NaN
	assign AInf = &(A[`DWIDTH-2:`DWIDTH-1-`EXPONENT]) & ~|(A[`MANTISSA-1:0]) ;	// All one exponent and all zero mantissa - Infinity
	assign BInf = &(B[`DWIDTH-2:`DWIDTH-1-`EXPONENT]) & ~|(B[`MANTISSA-1:0]) ;	// All one exponent and all zero mantissa - Infinity
	
	// Put all flags into exception vector
	assign InputExc = {(ANaN | BNaN | AInf | BInf), ANaN, BNaN, AInf, BInf} ;
	
	//assign DAB = (A[30:23] - B[30:23]) ;
	//assign DBA = (B[30:23] - A[30:23]) ;
	assign DAB = (A[`DWIDTH-2:`MANTISSA] + ~(B[`DWIDTH-2:`MANTISSA]) + 1) ;
	assign DBA = (B[`DWIDTH-2:`MANTISSA] + ~(A[`DWIDTH-2:`MANTISSA]) + 1) ;
	
	assign Sa = A[`DWIDTH-1] ;									// A's sign bit
	assign Sb = B[`DWIDTH-1] ;									// B's sign	bit
	assign ShiftDet = {DBA[`EXPONENT-1:0], DAB[`EXPONENT-1:0]} ;		// Shift data
	assign Opout = operation ;
	assign Aout = A[`DWIDTH-2:0] ;
	assign Bout = B[`DWIDTH-2:0] ;
	
endmodule
module seq_add(a, b, out, reset, clk);
input [`DWIDTH-1:0] a;
input [`DWIDTH-1:0] b;
input reset;
input clk;
output [`DWIDTH-1:0] out;

reg [`DWIDTH-1:0] a_flopped;
reg [`DWIDTH-1:0] b_flopped;

wire [`DWIDTH-1:0] sum_out_temp;
reg [`DWIDTH-1:0] sum_out_temp_reg;

always @(posedge clk) begin
  if (reset) begin
    a_flopped <= 0;
    b_flopped <= 0;
  end else begin
    a_flopped <= a;
    b_flopped <= b;
  end
end

//assign sum_out_temp = a + b;
`ifdef complex_dsp
adder_fp_clk add_u1(.clk(clk), .a(a_flopped), .b(b_flopped), .out(sum_out_temp));
`else
FPAddSub u_FPAddSub (.clk(clk), .rst(1'b0), .a(a_flopped), .b(b_flopped), .operation(1'b0), .result(sum_out_temp), .flags());
`endif

always @(posedge clk) begin
  if (reset) begin
    sum_out_temp_reg <= 0;
  end else begin
    sum_out_temp_reg <= sum_out_temp;
  end
end

assign out = sum_out_temp_reg;

endmodule
module seq_mul(a, b, out, reset, clk);
input [`DWIDTH-1:0] a;
input [`DWIDTH-1:0] b;
input reset;
input clk;
output [`DWIDTH-1:0] out;

reg [`DWIDTH-1:0] a_flopped;
reg [`DWIDTH-1:0] b_flopped;

wire [`DWIDTH-1:0] mul_out_temp;
reg [`DWIDTH-1:0] mul_out_temp_reg;

always @(posedge clk) begin
  if (reset) begin
    a_flopped <= 0;
    b_flopped <= 0;
  end else begin
    a_flopped <= a;
    b_flopped <= b;
  end
end

//assign mul_out_temp = a * b;
`ifdef complex_dsp
multiply_fp_clk mul_u1(.clk(clk), .a(a_flopped), .b(b_flopped), .out(mul_out_temp));
`else
FPMult_16 u_FPMult (.clk(clk), .rst(1'b0), .a(a_flopped), .b(b_flopped), .result(mul_out_temp), .flags());
`endif

always @(posedge clk) begin
  if (reset) begin
    mul_out_temp_reg <= 0;
  end else begin
    mul_out_temp_reg <= mul_out_temp;
  end
end

assign out = mul_out_temp_reg;

endmodule
module FPMult_16(
		clk,
		rst,
		a,
		b,
		result,
		flags
    );
	
	// Input Ports
	input clk ;							// Clock
	input rst ;							// Reset signal
	input [`DWIDTH-1:0] a;						// Input A, a 32-bit floating point number
	input [`DWIDTH-1:0] b;						// Input B, a 32-bit floating point number
	
	// Output ports
	output [`DWIDTH-1:0] result ;					// Product, result of the operation, 32-bit FP number
	output [4:0] flags ;						// Flags indicating exceptions according to IEEE754
	
	// Internal signals
	wire [`DWIDTH-1:0] Z_int ;					// Product, result of the operation, 32-bit FP number
	wire [4:0] Flags_int ;						// Flags indicating exceptions according to IEEE754
	
	wire Sa ;							// A's sign
	wire Sb ;							// B's sign
	wire Sp ;							// Product sign
	wire [`EXPONENT-1:0] Ea ;					// A's exponent
	wire [`EXPONENT-1:0] Eb ;					// B's exponent
	wire [2*`MANTISSA+1:0] Mp ;					// Product mantissa
	wire [4:0] InputExc ;						// Exceptions in inputs
	wire [`MANTISSA-1:0] NormM ;					// Normalized mantissa
	wire [`EXPONENT:0] NormE ;					// Normalized exponent
	wire [`MANTISSA:0] RoundM ;					// Normalized mantissa
	wire [`EXPONENT:0] RoundE ;					// Normalized exponent
	wire [`MANTISSA:0] RoundMP ;					// Normalized mantissa
	wire [`EXPONENT:0] RoundEP ;					// Normalized exponent
	wire GRS ;

	//reg [63:0] pipe_0;						// Pipeline register Input->Prep
	reg [2*`DWIDTH-1:0] pipe_0;					// Pipeline register Input->Prep

	//reg [92:0] pipe_1;						// Pipeline register Prep->Execute
	//reg [3*`MANTISSA+2*`EXPONENT+7:0] pipe_1;			// Pipeline register Prep->Execute
	reg [3*`MANTISSA+2*`EXPONENT+18:0] pipe_1;

	//reg [38:0] pipe_2;						// Pipeline register Execute->Normalize
	reg [`MANTISSA+`EXPONENT+7:0] pipe_2;				// Pipeline register Execute->Normalize
	
	//reg [72:0] pipe_3;						// Pipeline register Normalize->Round
	reg [2*`MANTISSA+2*`EXPONENT+10:0] pipe_3;			// Pipeline register Normalize->Round

	//reg [36:0] pipe_4;						// Pipeline register Round->Output
	reg [`DWIDTH+4:0] pipe_4;					// Pipeline register Round->Output
	
	assign result = pipe_4[`DWIDTH+4:5] ;
	assign flags = pipe_4[4:0] ;
	
	// Prepare the operands for alignment and check for exceptions
	FPMult_PrepModule PrepModule(clk, rst, pipe_0[2*`DWIDTH-1:`DWIDTH], pipe_0[`DWIDTH-1:0], Sa, Sb, Ea[`EXPONENT-1:0], Eb[`EXPONENT-1:0], Mp[2*`MANTISSA+1:0], InputExc[4:0]) ;

	// Perform (unsigned) mantissa multiplication
	FPMult_ExecuteModule ExecuteModule(pipe_1[3*`MANTISSA+`EXPONENT*2+7:2*`MANTISSA+2*`EXPONENT+8], pipe_1[2*`MANTISSA+2*`EXPONENT+7:2*`MANTISSA+7], pipe_1[2*`MANTISSA+6:5], pipe_1[2*`MANTISSA+2*`EXPONENT+6:2*`MANTISSA+`EXPONENT+7], pipe_1[2*`MANTISSA+`EXPONENT+6:2*`MANTISSA+7], pipe_1[2*`MANTISSA+2*`EXPONENT+8], pipe_1[2*`MANTISSA+2*`EXPONENT+7], Sp, NormE[`EXPONENT:0], NormM[`MANTISSA-1:0], GRS) ;

	// Round result and if necessary, perform a second (post-rounding) normalization step
	FPMult_NormalizeModule NormalizeModule(pipe_2[`MANTISSA-1:0], pipe_2[`MANTISSA+`EXPONENT:`MANTISSA], RoundE[`EXPONENT:0], RoundEP[`EXPONENT:0], RoundM[`MANTISSA:0], RoundMP[`MANTISSA:0]) ;		

	// Round result and if necessary, perform a second (post-rounding) normalization step
	//FPMult_RoundModule RoundModule(pipe_3[47:24], pipe_3[23:0], pipe_3[65:57], pipe_3[56:48], pipe_3[66], pipe_3[67], pipe_3[72:68], Z_int[31:0], Flags_int[4:0]) ;		
	FPMult_RoundModule RoundModule(pipe_3[2*`MANTISSA+1:`MANTISSA+1], pipe_3[`MANTISSA:0], pipe_3[2*`MANTISSA+2*`EXPONENT+3:2*`MANTISSA+`EXPONENT+3], pipe_3[2*`MANTISSA+`EXPONENT+2:2*`MANTISSA+2], pipe_3[2*`MANTISSA+2*`EXPONENT+4], pipe_3[2*`MANTISSA+2*`EXPONENT+5], pipe_3[2*`MANTISSA+2*`EXPONENT+10:2*`MANTISSA+2*`EXPONENT+6], Z_int[`DWIDTH-1:0], Flags_int[4:0]) ;		

//adding always@ (*) instead of posedge clock to make design combinational
	always @ (posedge clk) begin	
		if(rst) begin
			pipe_0 <= 0;
			pipe_1 <= 0;
			pipe_2 <= 0; 
			pipe_3 <= 0;
			pipe_4 <= 0;
		end 
		else begin		
			/* PIPE 0
				[2*`DWIDTH-1:`DWIDTH] A
				[`DWIDTH-1:0] B
			*/
                       pipe_0 <= {a, b} ;


			/* PIPE 1
				[2*`EXPONENT+3*`MANTISSA + 18: 2*`EXPONENT+2*`MANTISSA + 18] //pipe_0[`DWIDTH+`MANTISSA-1:`DWIDTH] , mantissa of A
				[2*`EXPONENT+2*`MANTISSA + 17 :2*`EXPONENT+2*`MANTISSA + 9] // pipe_0[8:0]
				[2*`EXPONENT+2*`MANTISSA + 8] Sa
				[2*`EXPONENT+2*`MANTISSA + 7] Sb
				[2*`EXPONENT+2*`MANTISSA + 6:`EXPONENT+2*`MANTISSA+7] Ea
				[`EXPONENT +2*`MANTISSA+6:2*`MANTISSA+7] Eb
				[2*`MANTISSA+1+5:5] Mp
				[4:0] InputExc
			*/
			//pipe_1 <= {pipe_0[`DWIDTH+`MANTISSA-1:`DWIDTH], pipe_0[`MANTISSA_MUL_SPLIT_LSB-1:0], Sa, Sb, Ea[`EXPONENT-1:0], Eb[`EXPONENT-1:0], Mp[2*`MANTISSA-1:0], InputExc[4:0]} ;
			pipe_1 <= {pipe_0[`DWIDTH+`MANTISSA-1:`DWIDTH], pipe_0[8:0], Sa, Sb, Ea[`EXPONENT-1:0], Eb[`EXPONENT-1:0], Mp[2*`MANTISSA+1:0], InputExc[4:0]} ;
			
			/* PIPE 2
				[`EXPONENT + `MANTISSA + 7:`EXPONENT + `MANTISSA + 3] InputExc
				[`EXPONENT + `MANTISSA + 2] GRS
				[`EXPONENT + `MANTISSA + 1] Sp
				[`EXPONENT + `MANTISSA:`MANTISSA] NormE
				[`MANTISSA-1:0] NormM
			*/
			pipe_2 <= {pipe_1[4:0], GRS, Sp, NormE[`EXPONENT:0], NormM[`MANTISSA-1:0]} ;
			/* PIPE 3
				[2*`EXPONENT+2*`MANTISSA+10:2*`EXPONENT+2*`MANTISSA+6] InputExc
				[2*`EXPONENT+2*`MANTISSA+5] GRS
				[2*`EXPONENT+2*`MANTISSA+4] Sp	
				[2*`EXPONENT+2*`MANTISSA+3:`EXPONENT+2*`MANTISSA+3] RoundE
				[`EXPONENT+2*`MANTISSA+2:2*`MANTISSA+2] RoundEP
				[2*`MANTISSA+1:`MANTISSA+1] RoundM
				[`MANTISSA:0] RoundMP
			*/
			pipe_3 <= {pipe_2[`EXPONENT+`MANTISSA+7:`EXPONENT+`MANTISSA+1], RoundE[`EXPONENT:0], RoundEP[`EXPONENT:0], RoundM[`MANTISSA:0], RoundMP[`MANTISSA:0]} ;
			/* PIPE 4
				[`DWIDTH+4:5] Z
				[4:0] Flags
			*/				
			pipe_4 <= {Z_int[`DWIDTH-1:0], Flags_int[4:0]} ;
		end
	end
		
endmodule
module FPMult_RoundModule(
		RoundM,
		RoundMP,
		RoundE,
		RoundEP,
		Sp,
		GRS,
		InputExc,
		Z,
		Flags
    );

	// Input Ports
	input [`MANTISSA:0] RoundM ;									// Normalized mantissa
	input [`MANTISSA:0] RoundMP ;									// Normalized exponent
	input [`EXPONENT:0] RoundE ;									// Normalized mantissa + 1
	input [`EXPONENT:0] RoundEP ;									// Normalized exponent + 1
	input Sp ;												// Product sign
	input GRS ;
	input [4:0] InputExc ;
	
	// Output Ports
	output [`DWIDTH-1:0] Z ;										// Final product
	output [4:0] Flags ;
	
	// Internal Signals
	wire [`EXPONENT:0] FinalE ;									// Rounded exponent
	wire [`MANTISSA:0] FinalM;
	wire [`MANTISSA:0] PreShiftM;
	
	assign PreShiftM = GRS ? RoundMP : RoundM ;	// Round up if R and (G or S)
	
	// Post rounding normalization (potential one bit shift> use shifted mantissa if there is overflow)
	assign FinalM = (PreShiftM[`MANTISSA] ? {1'b0, PreShiftM[`MANTISSA:1]} : PreShiftM[`MANTISSA:0]) ;
	
	assign FinalE = (PreShiftM[`MANTISSA] ? RoundEP : RoundE) ; // Increment exponent if a shift was done
	
	assign Z = {Sp, FinalE[`EXPONENT-1:0], FinalM[`MANTISSA-1:0]} ;   // Putting the pieces together
	assign Flags = InputExc[4:0];

endmodule
module FPMult_NormalizeModule(
		NormM,
		NormE,
		RoundE,
		RoundEP,
		RoundM,
		RoundMP
    );

	// Input Ports
	input [`MANTISSA-1:0] NormM ;									// Normalized mantissa
	input [`EXPONENT:0] NormE ;									// Normalized exponent

	// Output Ports
	output [`EXPONENT:0] RoundE ;
	output [`EXPONENT:0] RoundEP ;
	output [`MANTISSA:0] RoundM ;
	output [`MANTISSA:0] RoundMP ; 
	
// EXPONENT = 5 
// EXPONENT -1 = 4
// NEED to subtract 2^4 -1 = 15

wire [`EXPONENT-1 : 0] bias;

assign bias =  ((1<< (`EXPONENT -1)) -1);

	assign RoundE = NormE - bias ;
	assign RoundEP = NormE - bias -1 ;
	assign RoundM = NormM ;
	assign RoundMP = NormM ;

endmodule
module FPMult_ExecuteModule(
		a,
		b,
		MpC,
		Ea,
		Eb,
		Sa,
		Sb,
		Sp,
		NormE,
		NormM,
		GRS
    );

	// Input ports
	input [`MANTISSA-1:0] a ;
	input [2*`EXPONENT:0] b ;
	input [2*`MANTISSA+1:0] MpC ;
	input [`EXPONENT-1:0] Ea ;						// A's exponent
	input [`EXPONENT-1:0] Eb ;						// B's exponent
	input Sa ;								// A's sign
	input Sb ;								// B's sign
	
	// Output ports
	output Sp ;								// Product sign
	output [`EXPONENT:0] NormE ;													// Normalized exponent
	output [`MANTISSA-1:0] NormM ;												// Normalized mantissa
	output GRS ;
	
	wire [2*`MANTISSA+1:0] Mp ;
	
	assign Sp = (Sa ^ Sb) ;												// Equal signs give a positive product
	
   // wire [`ACTUAL_MANTISSA-1:0] inp_a;
   // wire [`ACTUAL_MANTISSA-1:0] inp_b;
   // assign inp_a = {1'b1, a};
   // assign inp_b = {{(`MANTISSA-`MANTISSA_MUL_SPLIT_LSB){1'b0}}, 1'b0, b};
   // DW02_mult #(`ACTUAL_MANTISSA,`ACTUAL_MANTISSA) u_mult(.A(inp_a), .B(inp_b), .TC(1'b0), .PRODUCT(Mp_temp));
   // DW01_add #(2*`ACTUAL_MANTISSA) u_add(.A(Mp_temp), .B(MpC<<`MANTISSA_MUL_SPLIT_LSB), .CI(1'b0), .SUM(Mp), .CO());

	//assign Mp = (MpC<<(2*`EXPONENT+1)) + ({4'b0001, a[`MANTISSA-1:0]}*{1'b0, b[2*`EXPONENT:0]}) ;
	assign Mp = MpC;


	assign NormM = (Mp[2*`MANTISSA+1] ? Mp[2*`MANTISSA:`MANTISSA+1] : Mp[2*`MANTISSA-1:`MANTISSA]); 	// Check for overflow
	assign NormE = (Ea + Eb + Mp[2*`MANTISSA+1]);								// If so, increment exponent
	
	assign GRS = ((Mp[`MANTISSA]&(Mp[`MANTISSA+1]))|(|Mp[`MANTISSA-1:0])) ;
	
endmodule
module FPMult_PrepModule (
		clk,
		rst,
		a,
		b,
		Sa,
		Sb,
		Ea,
		Eb,
		Mp,
		InputExc
	);
	
	// Input ports
	input clk ;
	input rst ;
	input [`DWIDTH-1:0] a ;								// Input A, a 32-bit floating point number
	input [`DWIDTH-1:0] b ;								// Input B, a 32-bit floating point number
	
	// Output ports
	output Sa ;										// A's sign
	output Sb ;										// B's sign
	output [`EXPONENT-1:0] Ea ;								// A's exponent
	output [`EXPONENT-1:0] Eb ;								// B's exponent
	output [2*`MANTISSA+1:0] Mp ;							// Mantissa product
	output [4:0] InputExc ;						// Input numbers are exceptions
	
	// Internal signals							// If signal is high...
	wire ANaN ;										// A is a signalling NaN
	wire BNaN ;										// B is a signalling NaN
	wire AInf ;										// A is infinity
	wire BInf ;										// B is infinity
    wire [`MANTISSA-1:0] Ma;
    wire [`MANTISSA-1:0] Mb;
	
	assign ANaN = &(a[`DWIDTH-2:`MANTISSA]) &  |(a[`DWIDTH-2:`MANTISSA]) ;			// All one exponent and not all zero mantissa - NaN
	assign BNaN = &(b[`DWIDTH-2:`MANTISSA]) &  |(b[`MANTISSA-1:0]);			// All one exponent and not all zero mantissa - NaN
	assign AInf = &(a[`DWIDTH-2:`MANTISSA]) & ~|(a[`DWIDTH-2:`MANTISSA]) ;		// All one exponent and all zero mantissa - Infinity
	assign BInf = &(b[`DWIDTH-2:`MANTISSA]) & ~|(b[`DWIDTH-2:`MANTISSA]) ;		// All one exponent and all zero mantissa - Infinity
	
	// Check for any exceptions and put all flags into exception vector
	assign InputExc = {(ANaN | BNaN | AInf | BInf), ANaN, BNaN, AInf, BInf} ;
	//assign InputExc = {(ANaN | ANaN | BNaN |BNaN), ANaN, ANaN, BNaN,BNaN} ;
	
	// Take input numbers apart
	assign Sa = a[`DWIDTH-1] ;							// A's sign
	assign Sb = b[`DWIDTH-1] ;							// B's sign
	assign Ea = a[`DWIDTH-2:`MANTISSA];						// Store A's exponent in Ea, unless A is an exception
	assign Eb = b[`DWIDTH-2:`MANTISSA];						// Store B's exponent in Eb, unless B is an exception	
//    assign Ma = a[`MANTISSA_MSB:`MANTISSA_LSB];
  //  assign Mb = b[`MANTISSA_MSB:`MANTISSA_LSB];
	


	//assign Mp = ({4'b0001, a[`MANTISSA-1:0]}*{4'b0001, b[`MANTISSA-1:9]}) ;
	assign Mp = ({1'b1,a[`MANTISSA-1:0]}*{1'b1, b[`MANTISSA-1:0]}) ;

	
    //We multiply part of the mantissa here
    //Full mantissa of A
    //Bits MANTISSA_MUL_SPLIT_MSB:MANTISSA_MUL_SPLIT_LSB of B
   // wire [`ACTUAL_MANTISSA-1:0] inp_A;
   // wire [`ACTUAL_MANTISSA-1:0] inp_B;
   // assign inp_A = {1'b1, Ma};
   // assign inp_B = {{(`MANTISSA-(`MANTISSA_MUL_SPLIT_MSB-`MANTISSA_MUL_SPLIT_LSB+1)){1'b0}}, 1'b1, Mb[`MANTISSA_MUL_SPLIT_MSB:`MANTISSA_MUL_SPLIT_LSB]};
   // DW02_mult #(`ACTUAL_MANTISSA,`ACTUAL_MANTISSA) u_mult(.A(inp_A), .B(inp_B), .TC(1'b0), .PRODUCT(Mp));
endmodule